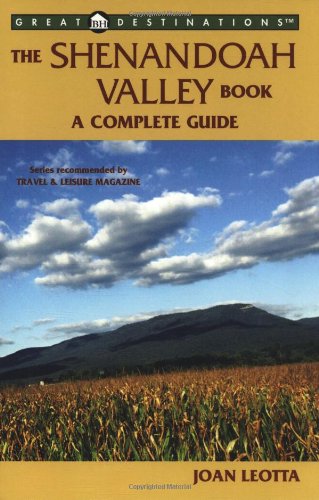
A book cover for The Shenandoah Valley Book: A Complete Guide (A Great Destinations Guide); Joan Leotta; Travel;